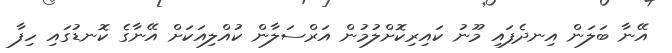
އޭނާ ބަލަން އިނދެފައި މޫނު ކައިރިކޮށްލުމުން އަރްސަލާން ކުއްލިއަކަށް އޭނާގެ ކޮނޑުގައި ހިފާ